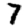
Digit: 7